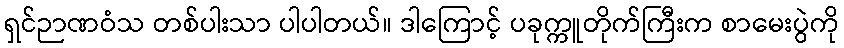
ရှင်ဉာဏဝံသ တစ်ပါးသာ ပါပါတယ်။ ဒါကြောင့် ပခုက္ကူတိုက်ကြီးက စာမေးပွဲကို